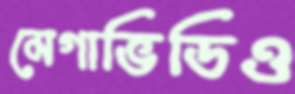
মেগাভিডিও